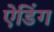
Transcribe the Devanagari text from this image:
ऐडिंग